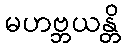
မဟဗ္ဘယန္တိ